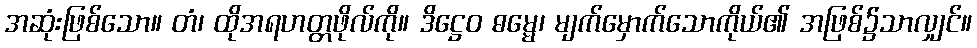
အဆုံးဖြစ်သော။ တံ၊ ထိုအရဟတ္တဖိုလ်ကို။ ဒိဋ္ဌေဝ ဓမ္မေ၊ မျက်မှောက်သောကိုယ်၏ အဖြစ်၌သာလျှင်။